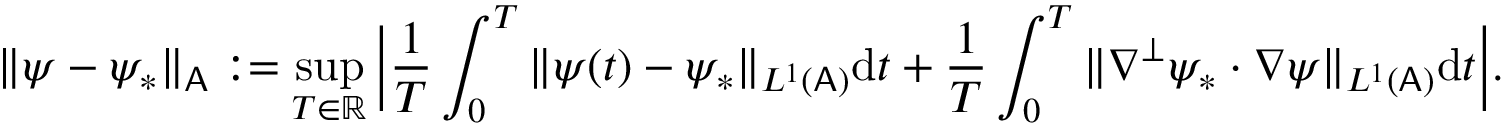
\| \psi - \psi _ { * } \| _ { \mathsf { A } } : = \operatorname* { s u p } _ { T \in \mathbb { R } } \Big | \frac { 1 } { T } \int _ { 0 } ^ { T } \| \psi ( t ) - \psi _ { * } \| _ { L ^ { 1 } ( \mathsf { A } ) } \mathrm { d } t + \frac { 1 } { T } \int _ { 0 } ^ { T } \| \nabla ^ { \perp } \psi _ { * } \cdot \nabla \psi \| _ { L ^ { 1 } ( \mathsf { A } ) } \mathrm { d } t \Big | .